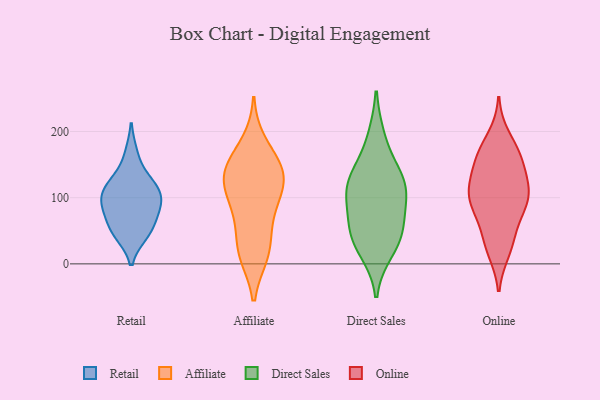
{"axis": {"x": "Page Views", "y": "Value"}, "legend": ["Affiliate", "Direct Sales", "Online", "Retail"], "data": [{"x": "", "y": 124, "type": "Retail"}, {"x": "", "y": 50, "type": "Retail"}, {"x": "", "y": 49, "type": "Retail"}, {"x": "", "y": 73, "type": "Retail"}, {"x": "", "y": 125, "type": "Retail"}, {"x": "", "y": 108, "type": "Retail"}, {"x": "", "y": 93, "type": "Retail"}, {"x": "", "y": 93, "type": "Retail"}, {"x": "", "y": 109, "type": "Retail"}, {"x": "", "y": 83, "type": "Retail"}, {"x": "", "y": 45, "type": "Retail"}, {"x": "", "y": 166, "type": "Retail"}, {"x": "", "y": 66, "type": "Affiliate"}, {"x": "", "y": 122, "type": "Affiliate"}, {"x": "", "y": 150, "type": "Affiliate"}, {"x": "", "y": 15, "type": "Affiliate"}, {"x": "", "y": 78, "type": "Affiliate"}, {"x": "", "y": 22, "type": "Affiliate"}, {"x": "", "y": 134, "type": "Affiliate"}, {"x": "", "y": 142, "type": "Affiliate"}, {"x": "", "y": 114, "type": "Affiliate"}, {"x": "", "y": 182, "type": "Affiliate"}, {"x": "", "y": 104, "type": "Affiliate"}, {"x": "", "y": 17, "type": "Affiliate"}, {"x": "", "y": 146, "type": "Affiliate"}, {"x": "", "y": 190, "type": "Direct Sales"}, {"x": "", "y": 20, "type": "Direct Sales"}, {"x": "", "y": 39, "type": "Direct Sales"}, {"x": "", "y": 105, "type": "Direct Sales"}, {"x": "", "y": 124, "type": "Direct Sales"}, {"x": "", "y": 52, "type": "Direct Sales"}, {"x": "", "y": 120, "type": "Direct Sales"}, {"x": "", "y": 138, "type": "Direct Sales"}, {"x": "", "y": 95, "type": "Direct Sales"}, {"x": "", "y": 52, "type": "Direct Sales"}, {"x": "", "y": 20, "type": "Online"}, {"x": "", "y": 117, "type": "Online"}, {"x": "", "y": 86, "type": "Online"}, {"x": "", "y": 96, "type": "Online"}, {"x": "", "y": 99, "type": "Online"}, {"x": "", "y": 161, "type": "Online"}, {"x": "", "y": 35, "type": "Online"}, {"x": "", "y": 110, "type": "Online"}, {"x": "", "y": 167, "type": "Online"}, {"x": "", "y": 29, "type": "Online"}, {"x": "", "y": 87, "type": "Online"}, {"x": "", "y": 129, "type": "Online"}, {"x": "", "y": 161, "type": "Online"}, {"x": "", "y": 115, "type": "Online"}, {"x": "", "y": 158, "type": "Online"}, {"x": "", "y": 66, "type": "Online"}, {"x": "", "y": 191, "type": "Online"}]}